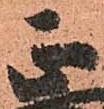
正